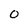
Character: 0